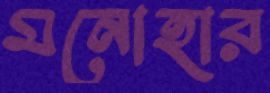
মনোহার